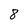
Character: 8